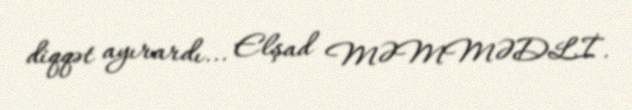
diqqət ayırardı... Elşad MƏMMƏDLİ.